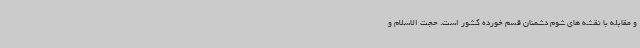
و مقابله با نقشه های شوم دشمنان قسم خورده کشور است. حجت الاسلام و